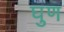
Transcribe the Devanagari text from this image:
घुण